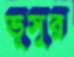
ভূসুর